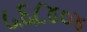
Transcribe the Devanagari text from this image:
५६८४०४